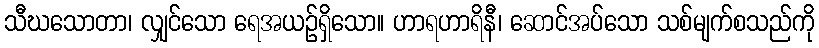
သီဃသောတာ၊ လျှင်သော ရေအယဉ်ရှိသော။ ဟာရဟာရိနီ၊ ဆောင်အပ်သော သစ်မျက်စသည်ကို